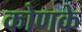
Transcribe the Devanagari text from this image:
कोणके